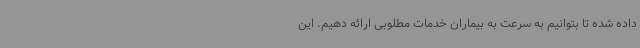
داده شده تا بتوانیم به سرعت به بیماران خدمات مطلوبی ارائه دهیم. این